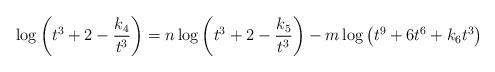
LaTeX: \begin{align*} \log \left(t^3+2-\frac{k_4}{t^3}\right)= n \log \left (t^3+2-\frac{k_5}{t^3} \right)-m \log \left( t^9+6t^6+k_6t^3 \right) \end{align*}